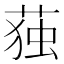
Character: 𮏺